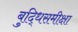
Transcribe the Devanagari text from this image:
बुद्धिसमीक्षा